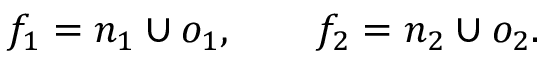
f _ { 1 } = n _ { 1 } \cup o _ { 1 } , \qquad f _ { 2 } = n _ { 2 } \cup o _ { 2 } .